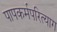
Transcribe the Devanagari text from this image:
पापकर्मपरित्याग